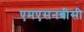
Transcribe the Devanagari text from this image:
एमएसनबीसी